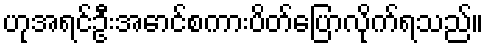
ဟုအရင်ဦးအောင်စကားပိတ်ပြောလိုက်ရသည်။